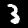
Digit: 3